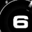
Digit: 6